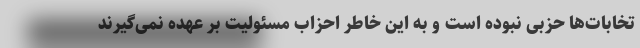
تخابات‌ها حزبی نبوده است و به این خاطر احزاب مسئولیت بر عهده نمی‌گیرند